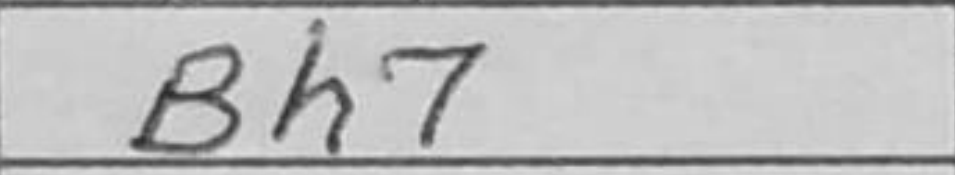
Transcription: Bh7